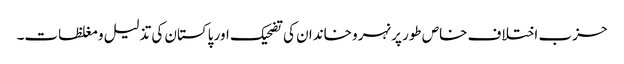
حزب اختلاف خاص طور پر نہرو خاندان کی تضحیک اور پاکستان کی تذلیل و مغلظات۔